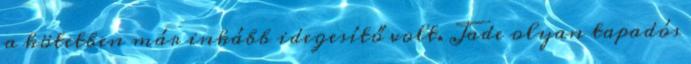
a kötetben már inkább idegesítő volt. Jade olyan tapadós